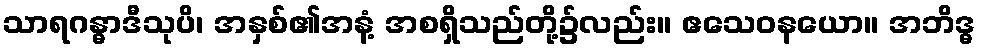
သာရဂန္ဓာဒီသုပိ၊ အနှစ်၏အနံ့ အစရှိသည်တို့၌လည်း။ ဧသေဝနယော။ အဘိဒ္ဓ